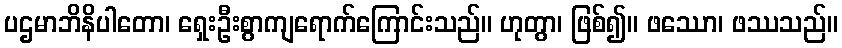
ပဌမာဘိနိပါတော၊ ရှေးဦးစွာကျရောက်ကြောင်းသည်။ ဟုတွာ၊ ဖြစ်၍။ ဖဿော၊ ဖဿသည်။